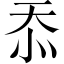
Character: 忝